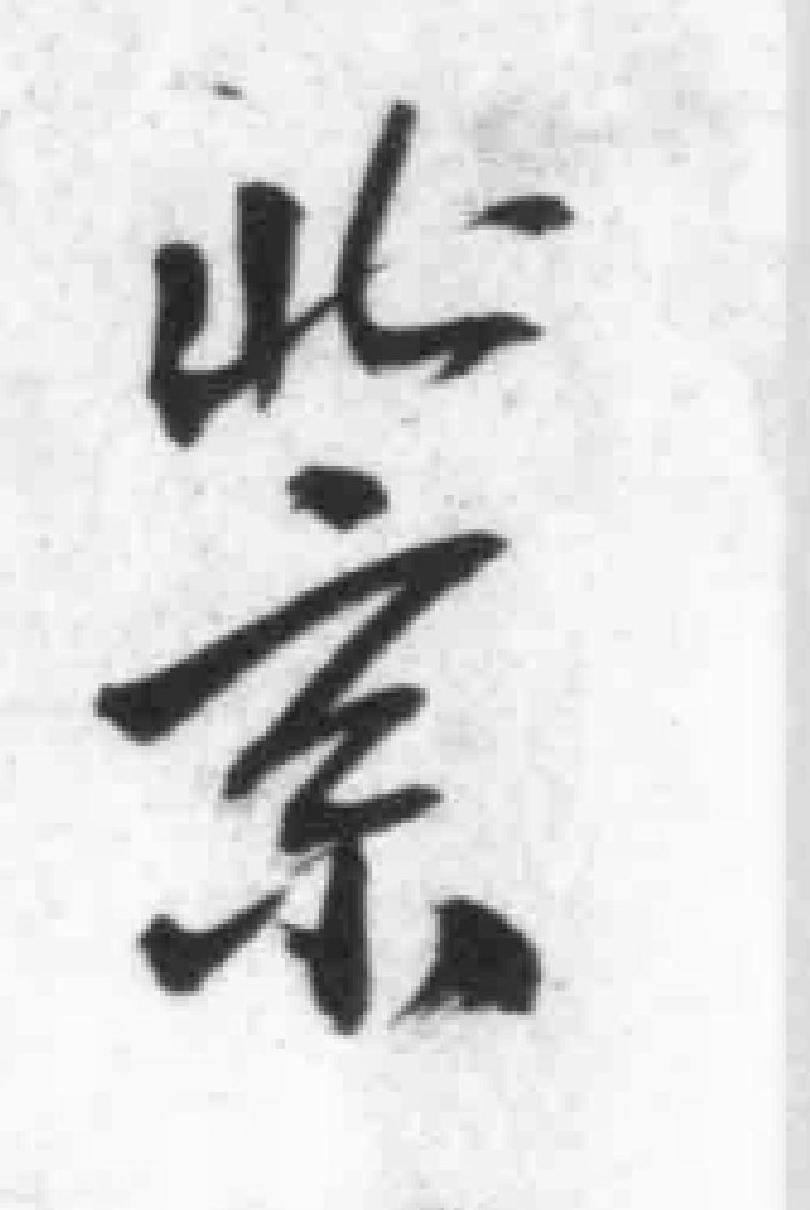
北京